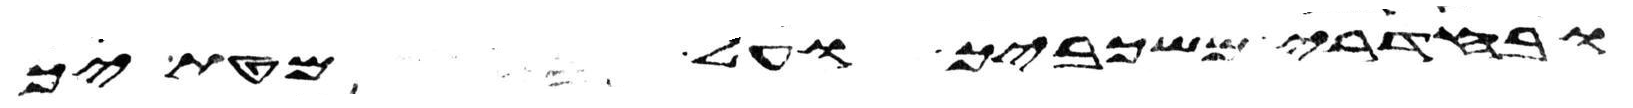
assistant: ובחדרי משכביך ועל מטתיך